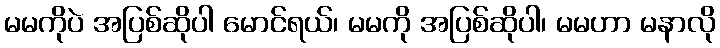
မမကိုပဲ အပြစ်ဆိုပါ မောင်ရယ်၊ မမကို အပြစ်ဆိုပါ၊ မမဟာ မနာလို